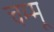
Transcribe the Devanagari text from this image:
चम्मू